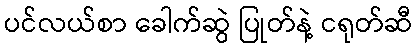
ပင်လယ်စာ ခေါက်ဆွဲ ပြုတ်နဲ့ ငရုတ်ဆီ